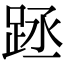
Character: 𨀧